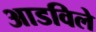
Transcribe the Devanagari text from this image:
आडविले